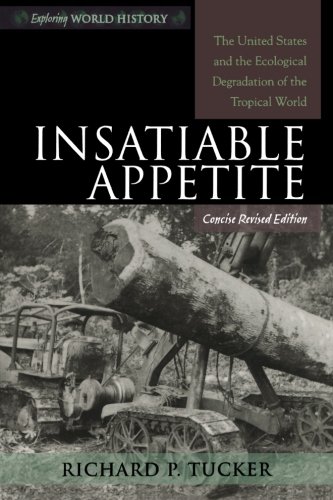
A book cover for Insatiable Appetite: The United States and the Ecological Degradation of the Tropical World (Exploring World History); Richard P. Tucker; Science & Math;